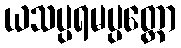
ယသပ္ပရမပ္ပတ္တော